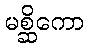
မစ္ဆိကော